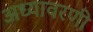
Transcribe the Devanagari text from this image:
अध्यावरणी